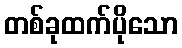
တစ်ခုထက်ပိုသော